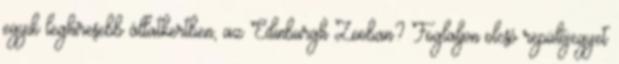
egyik leghíresebb állatkertben, az Edinburgh Zooban? Foglaljon olcsó repülőjegyet